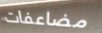
مضاعفات